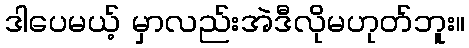
ဒါပေမယ့် မှာလည်းအဲဒီလိုမဟုတ်ဘူး။